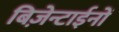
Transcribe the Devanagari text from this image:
बिज़ेन्टाईनों